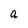
Character: q